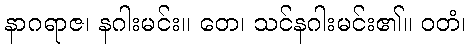
နာဂရာဇ၊ နဂါးမင်း။ တေ၊ သင်နဂါးမင်း၏။ ဝတံ၊